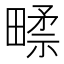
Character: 𰣑